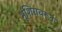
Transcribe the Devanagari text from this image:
भूशिरावरून